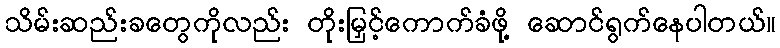
သိမ်းဆည်းခတွေကိုလည်း တိုးမြှင့်ကောက်ခံဖို့ ဆောင်ရွက်နေပါတယ်။